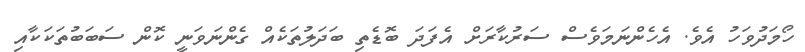
ހޯމަދުވަހު އެވެ. އެހެންނަމަވެސް ސަރުކާރަށް އެފަދަ ބޮޑެތި ބަދަލުތަކެއް ގެންނަވަނީ ކޮން ސަބަބުތަކަކާއި